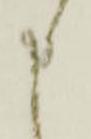
申